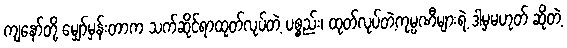
ကျနော်တို့ မျှော်မှန်းတာက သက်ဆိုင်ရာထုတ်လုပ်တဲ့ ပစ္စည်း၊ ထုတ်လုပ်တဲ့ကုမ္ပဏီများရဲ့ ဒါမှမဟုတ် ဆိုတဲ့